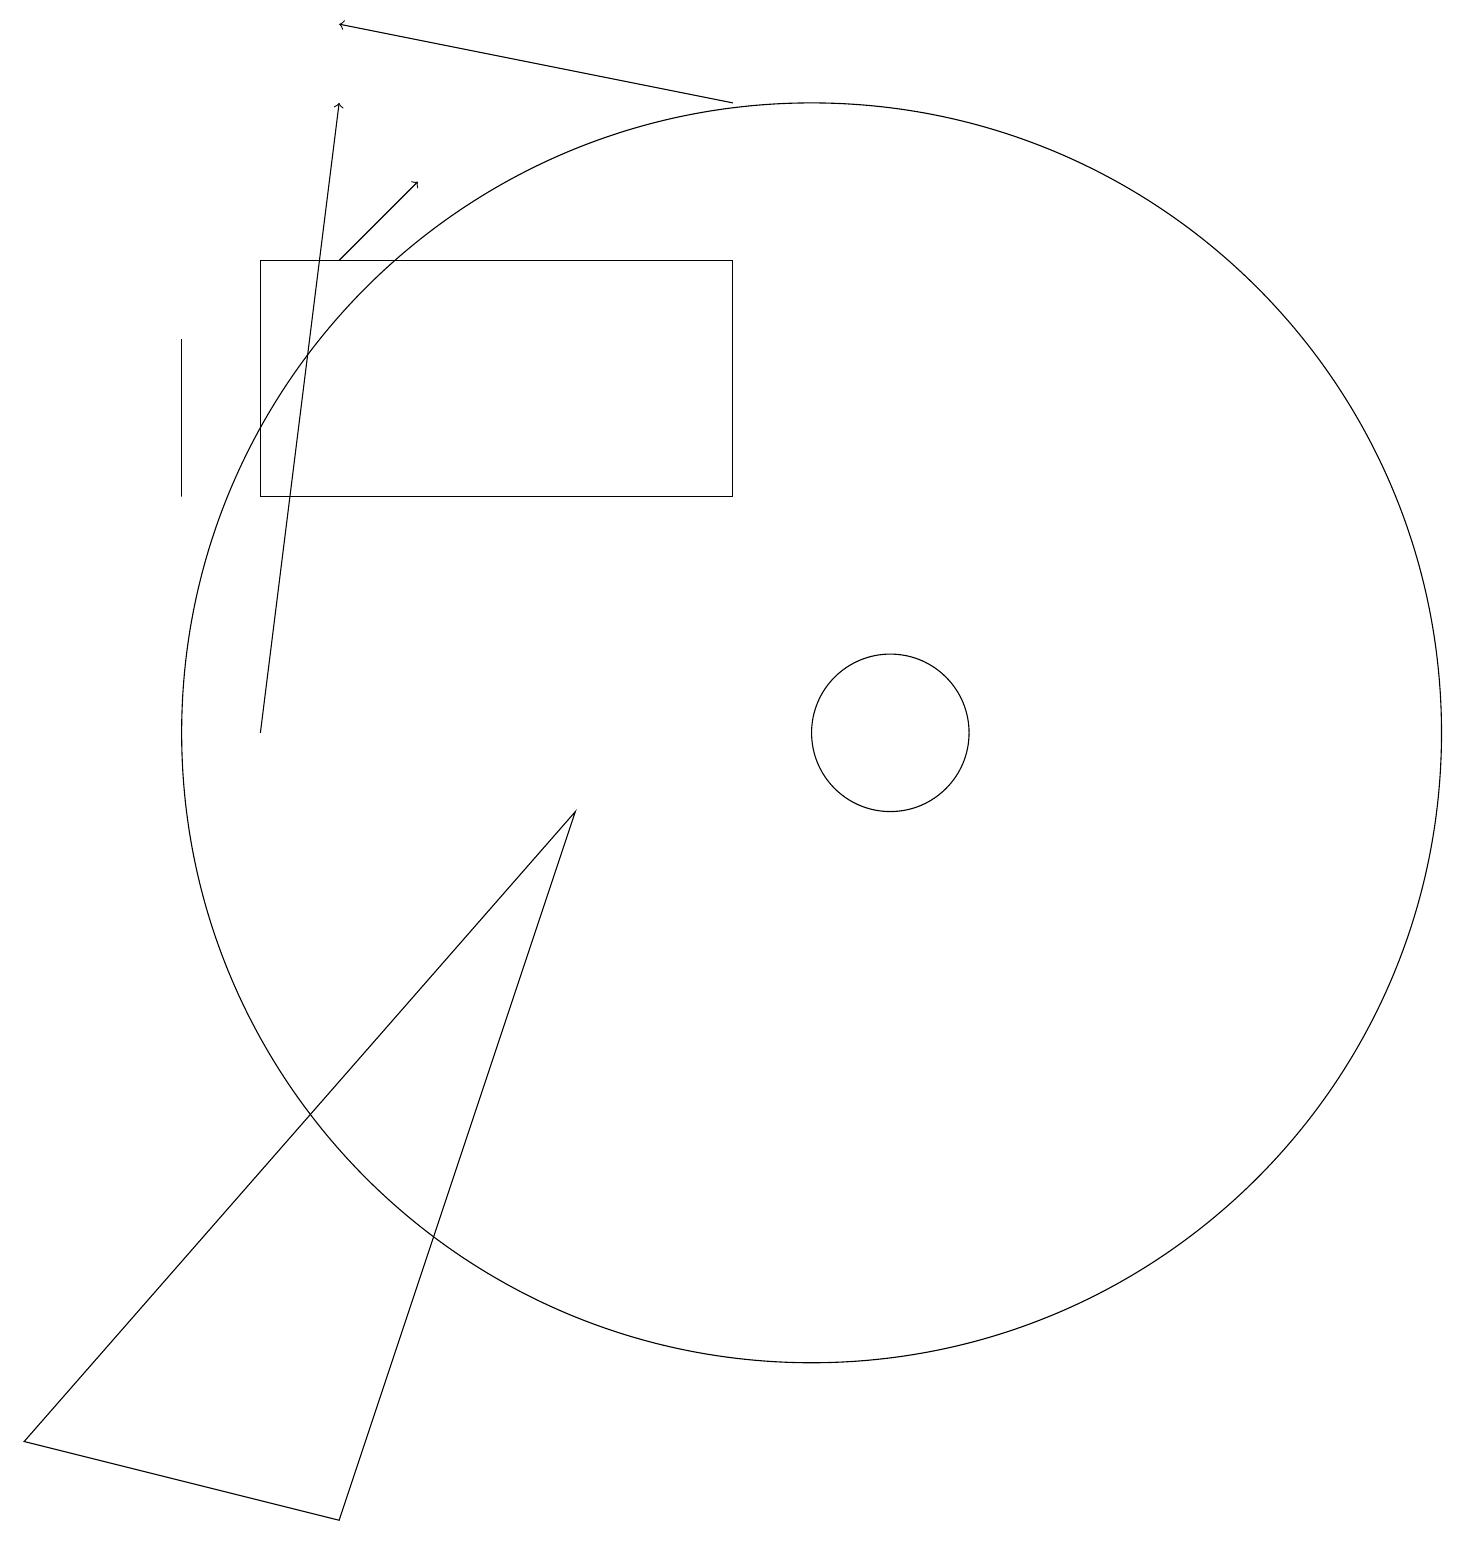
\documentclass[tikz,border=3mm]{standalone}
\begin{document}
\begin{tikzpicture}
\draw[->] (9,18) -- (4,19);
\draw (2,15) rectangle (2,13);
\draw (11,10) circle (1);
\draw[->] (3,10) -- (4,18);
\draw[->] (4,16) -- (5,17);
\draw (10,10) circle (8);
\draw (7,9) -- (4,0) -- (0,1) -- cycle;
\draw (3,16) rectangle (9,13);
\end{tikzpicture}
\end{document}